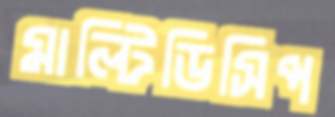
মাল্টিডিসিপ